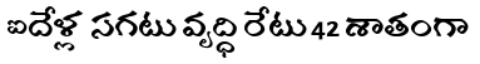
ఐదేళ్ల సగటు వృద్ధి రేటు 42 శాతంగా